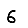
Digit: 6